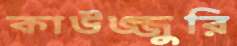
কাউজ্জুরি